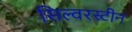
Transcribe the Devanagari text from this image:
सिल्वरस्टीन